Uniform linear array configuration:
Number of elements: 24
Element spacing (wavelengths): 1
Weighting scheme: binomial
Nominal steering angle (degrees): -30
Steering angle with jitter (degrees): -28.679
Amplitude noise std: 0.05
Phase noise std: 0.05

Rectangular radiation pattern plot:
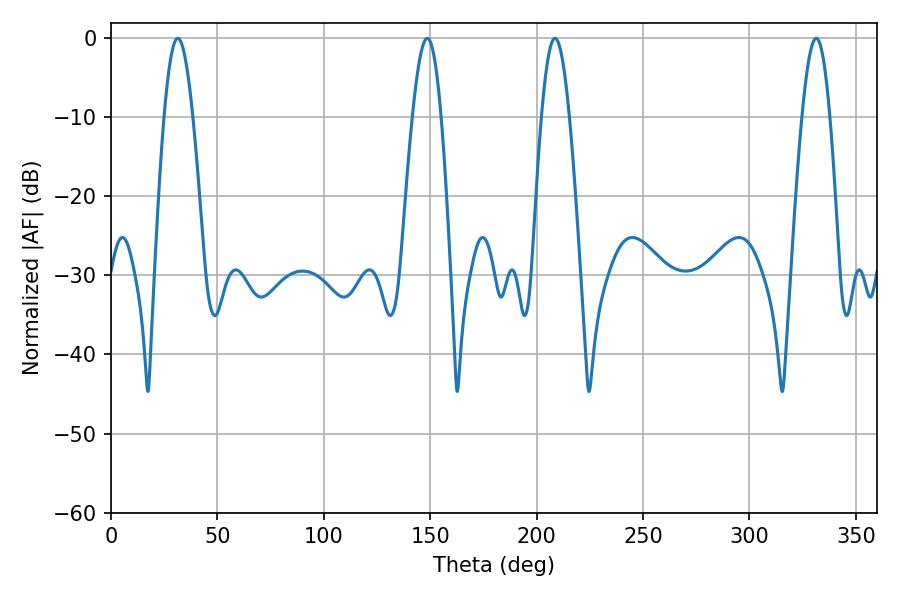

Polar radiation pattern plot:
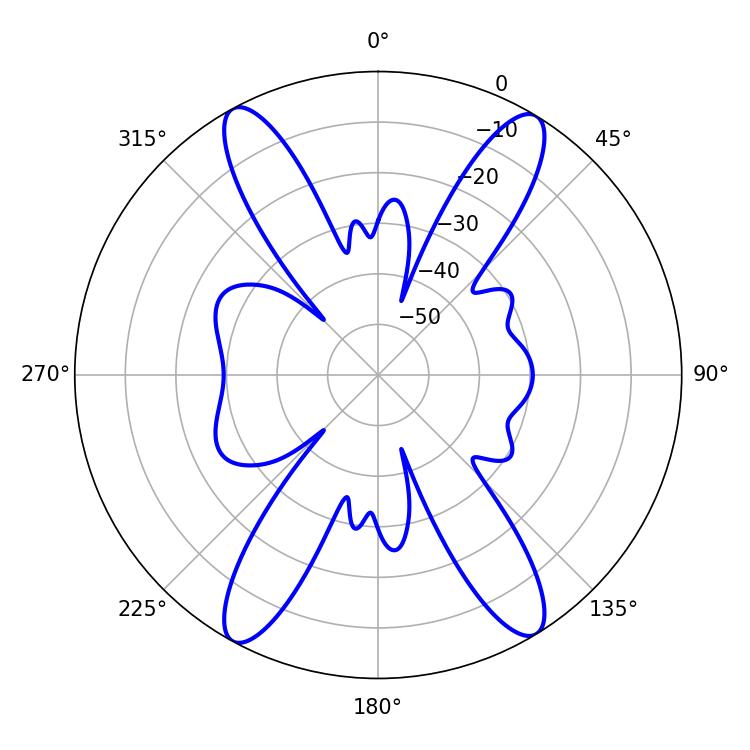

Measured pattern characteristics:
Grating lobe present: TRUE
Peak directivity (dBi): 21.452
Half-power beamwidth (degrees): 7.02
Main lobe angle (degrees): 208.62